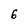
Character: 6